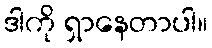
ဒါကို ရှာနေတာပါ။